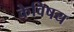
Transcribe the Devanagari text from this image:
केविषय